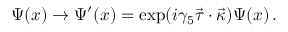
\Psi ( x ) \to \Psi ^ { \prime } ( x ) = \exp ( i \gamma _ { 5 } \vec { \tau } \cdot \vec { \kappa } ) \Psi ( x ) \, .